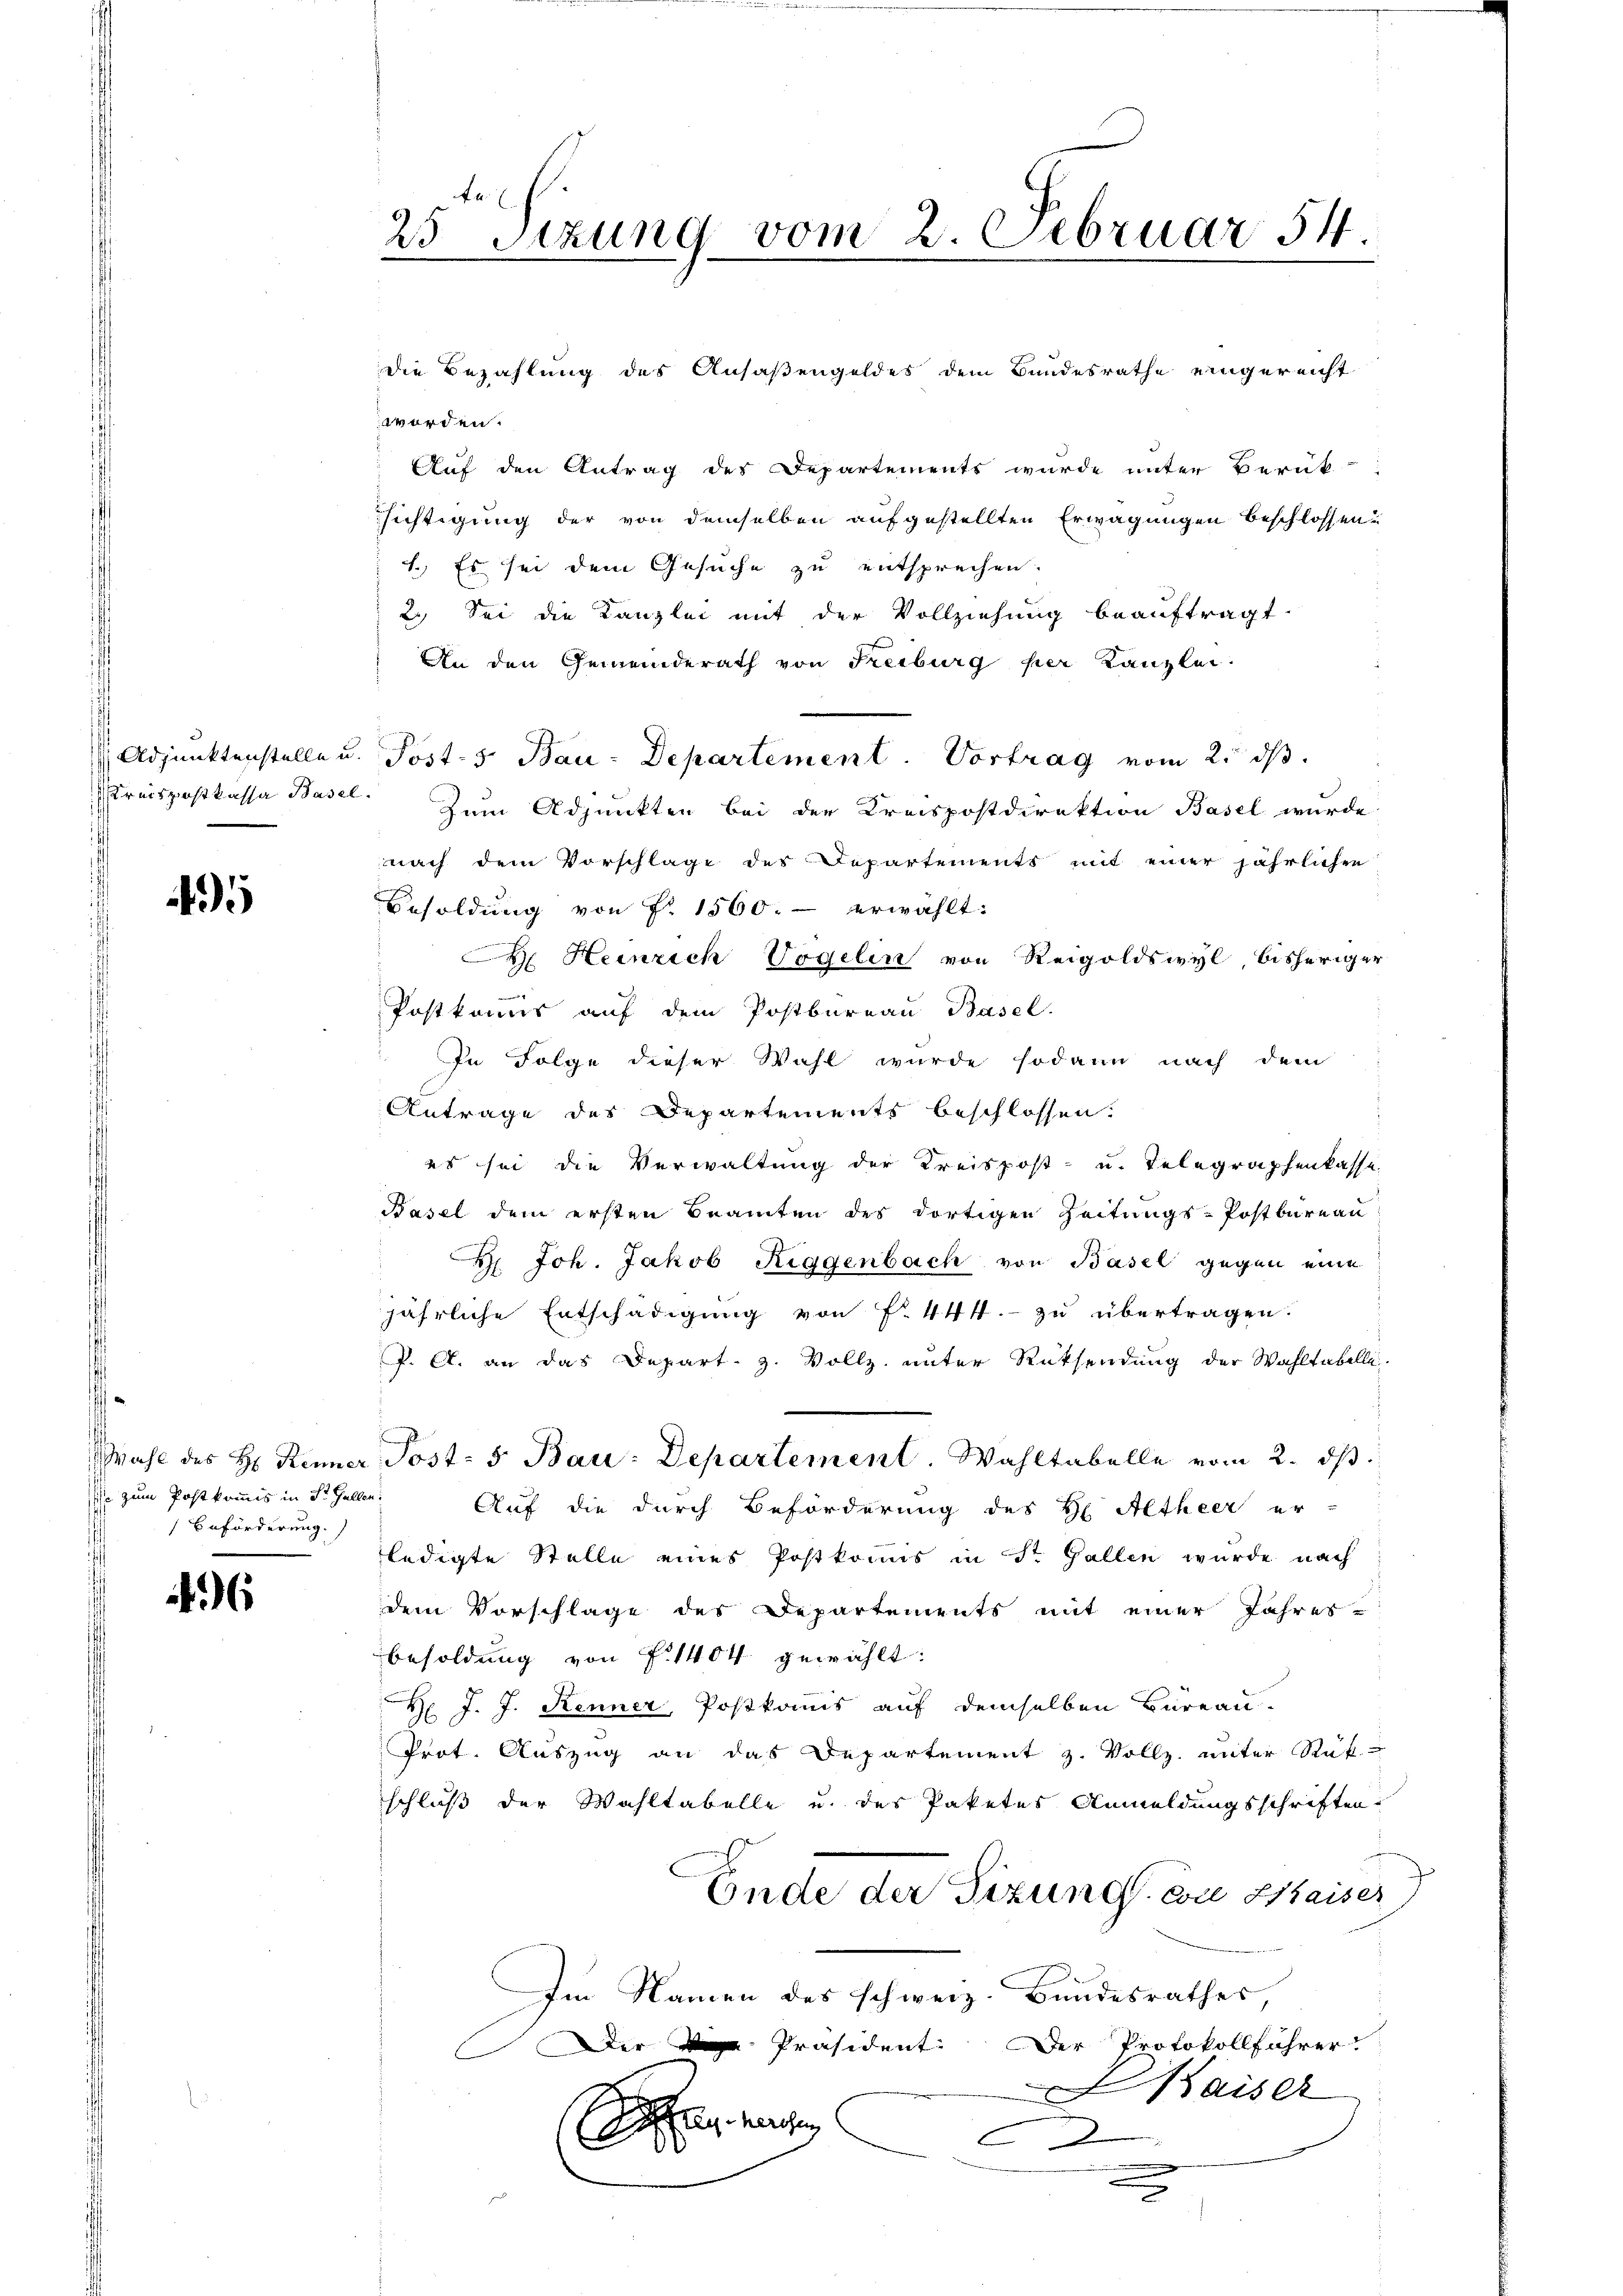
Adjunktenstelle u.

5

Mahl des H: Renner
se zum Postkommis in St. Gall
Beförderung,

6

25 Sizung vom 2. Februar 54.

werden.
Auf den Antrag des Departements wurde unter Berük-
sichtigung der von demselben aufgestellten Erwägungen beschlossen u
1.) Es sei dem Gesuche zu entsprechen.
2.) Sei die Kanzlei mit der Vollziehung beauftragt.
An den Gemeinderath von Freiburg per Kanzlei.
Streispostkassa Basel. Zum Adjunkten bei der Kreispostdirektion Basel wurde.
nach dem Vorschlage des Departements mit einer jährlichen
Besoldŭng von Fr. 1560.- erwählt:
M. Heinrich Vogelin von Reigoldswyl, bisheriger
Postkommis auf dem Postbureau Basel.
In Folge dieser Wahl wurde sodann nach dem
Antrage des Departements beschlossen.
es sei die Verwaltung der Kreispost- u. Telegraphenkasse
Basel dem ersten Beamten des dortigen Zeitungs-Postbureau
H. Joh. Jakob Riggenbach von Basel gegen eine
jährliche Entschädigung von N. 444. zu übertragen.
P. A. an das Depart. 3. Vollz, unter Rücksendung der Wahltabelle.
 Post- 5. Bau: Departement. Wahltabelle vom 2. ds.
i
Auf die durch Beförderung des H Altheer er-
ledigte Stelle eines Postkomis in St. Gallen wurde nach
dem Vorschlage des Departements mit einer Jahres
besoldung von f. 1404 gewählt:
H J. J. Kenner, Postkomis auf demselben Büreau.
Prot. Auszug an das Departement z. Vollz, unter Rat
schluß der Wahltabelle u. des Paketes Anmeldungsschriften.
Ende der Sizung von Waiser)
Im Namen des schweiz. Bundesrathes,
Der die Präsident. Der Protokollführer
aiser
a
n
x

Post. 5. Bau-Departement Vortrag vom 25. ds.

die Bezahlung des Ansäßengeldes dem Bundesrathe eingereicht